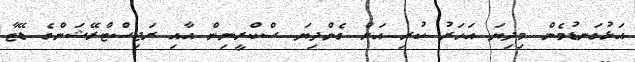
އަޅުގަނޑުމެން މިދިޔަ އަހަރު ކުރި އަށް ގެންދިޔަ ސްކްރީނިން އާއި ރަޖިސްޓްރޭޝަންގެ ޑޭޓާ